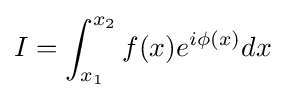
I=\int _{x_{1}}^{x_{2}}f(x)e^{i\phi (x)}dx